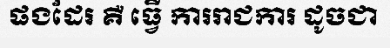
ផងដែរ គឺ ធ្វើ ការរាជការ ដូចជា